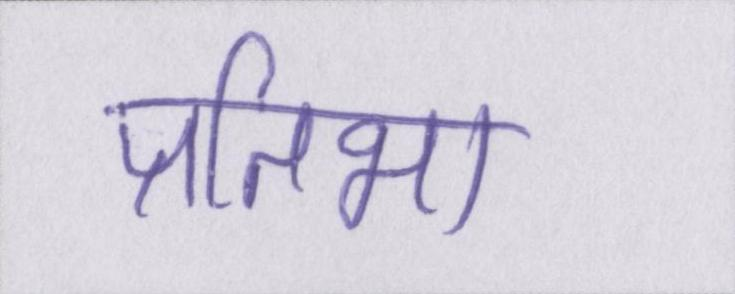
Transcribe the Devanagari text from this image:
प्रतिभा